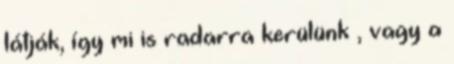
látják, így mi is radarra kerülünk , vagy a